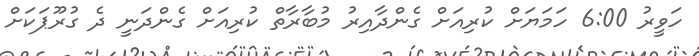
ހަވީރު 6:00 ހަމަޔަށް ކުރިއަށް ގެންދާއިރު މުބާރާތް ކުރިއަށް ގެންދަނީ ދެ ގުރޫޕަކަށް